Document type: Grant
Year: 1310
Scribe: [Unknown]
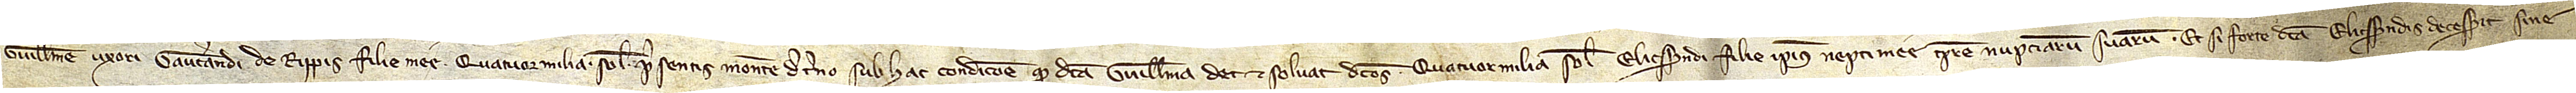
Guillelme, uxori Gaucerandi de Rippis, filie mee, quatuor milia solidos presentis monete de terno, sub hac condicione: Quod dicta Guillelma det et solvat dictos quatuor milia solidos Elicsendi, filie ipsius nepti mee, tempore nupciarum suarum. Et si forte dicta Elicsendis decesserit sine